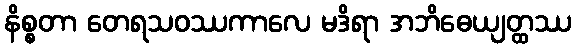
နိစ္စတာ တေရသဝဿကာလေ မဒိရာ အဘိဓေယျတ္ထဿ